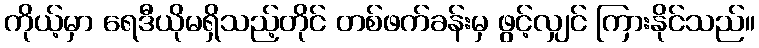
ကိုယ့်မှာ ရေဒီယိုမရှိသည့်တိုင် တစ်ဖက်ခန်းမှ ဖွင့်လျှင် ကြားနိုင်သည်။